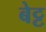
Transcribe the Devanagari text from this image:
बेट्ट